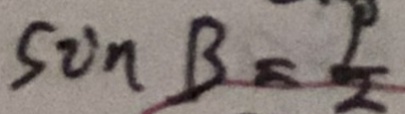
\sin B = \frac { 1 } { 2 }